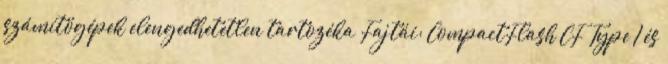
számítógépek elengedhetetlen tartozéka Fajtái: CompactFlash CF Type I és